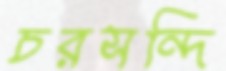
চরসন্দি